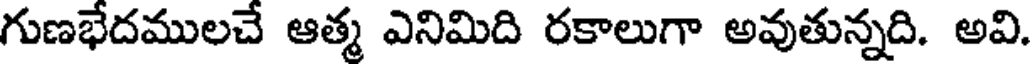
గుణభేదములచే ఆత్మ ఎనిమిది రకాలుగా అవుతున్నది. అవి.